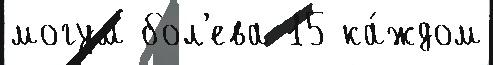
могум бол'ева 15 ка́ждом